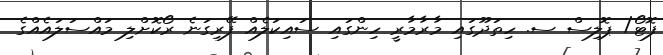
ފޮޓޯ/ ޕޮލިސް ސ. ހިތަދޫގައި މާރާމާރީ ހިންގައި ސައިކަލެއް ފޭރިގަނެ ރޯކޮށްލި މައްސަލައެއްގެ